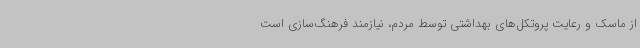
از ماسک و رعایت پروتکل‌های بهداشتی توسط مردم، نیازمند فرهنگ‌سازی است